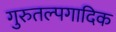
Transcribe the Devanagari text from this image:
गुरुतल्पगादिक